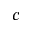
c